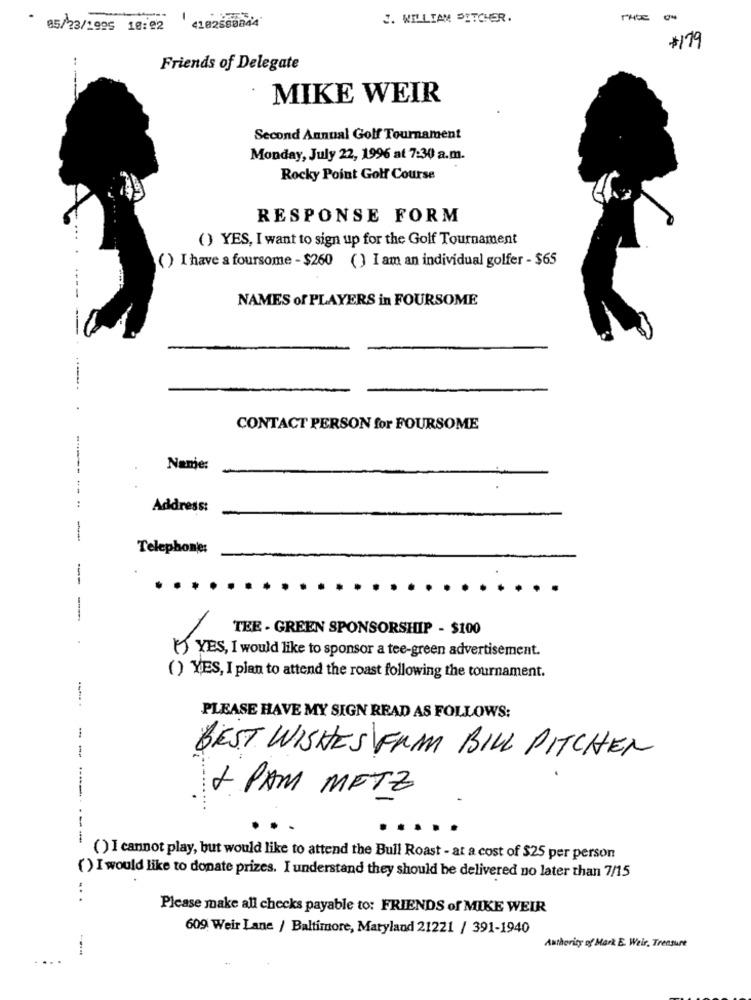
2. WILLIAM PITCHER.
05/23/1995 10:42
4102588844
#179
..
Friends of Delegate
MIKE WEIR
Second Annual Golf Tournament
Monday, July 22, 1996 at 7:30 a.m.
Rocky Point Golf Course
RESPONSE FORM
() YES, I want to sign up for the Golf Tournament
() I have a foursome - $260 ( ) I am an individual golfer - $65
NAMES of PLAYERS in FOURSOME
CONTACT PERSON for FOURSOME
Name:
:
Address:
-
Telephone:
---
TEE - GREEN SPONSORSHIP - $100
[') YES, I would like to sponsor a tee-green advertisement.
() YES, I plan to attend the roast following the tournament.
PLEASE HAVE MY SIGN READ AS FOLLOWS:
-
-
BEST WISHES FRAM BILL PITCHER
+ PAM METZ
-----.. .
-----
() I cannot play, but would like to attend the Bull Roast - at a cost of $25 per person
() I would like to donate prizes. I understand they should be delivered no later than 7/15
..
Please make all checks payable to: FRIENDS of MIKE WEIR
609 Weir Lane / Baltimore, Maryland 21221 / 391-1940
Authority of Mark E. Weir, Treasure